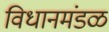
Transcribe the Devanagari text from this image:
विधानमंडळ